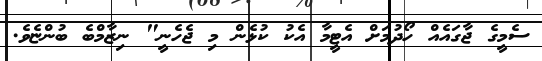
ސެމީގެ ޖާގައެއް ހޯދުމަށް އެޓީމާ އެކު ކުޅެން މި ޖެހެނީ" ނިޒާމްބެ ބުންޏެވެ.